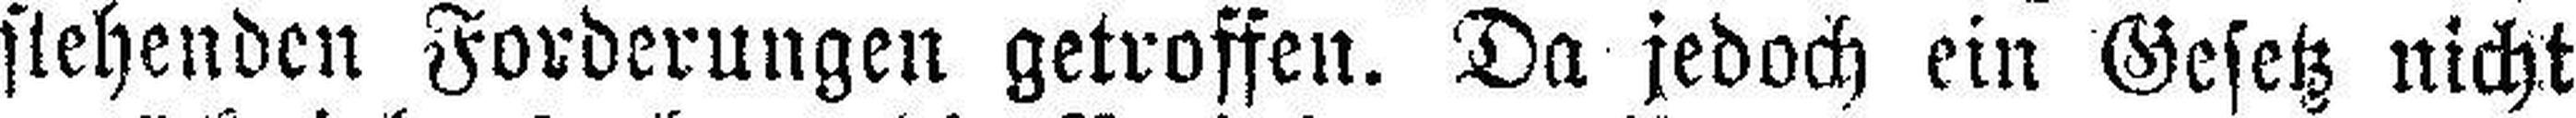
stehenden Forderungen getroffen. Da jedoch ein Gesetz nicht